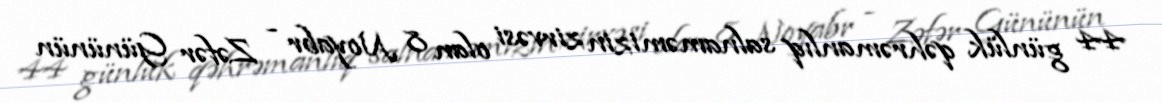
44 günlük qəhrəmanlıq salnaməmizin zirvəsi olan 8 Noyabr - Zəfər Gününün